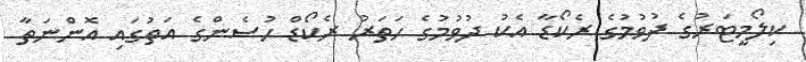
ކިލޯމީޓަރުގެ ދުވުމުގެ ރެކޯޑާ އެކު ދުވުމުގެ ހަތަރު ރެކޯޑް ހުސެންގެ އަތުގައި އޮންނަތާ